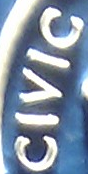
CIVIC